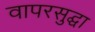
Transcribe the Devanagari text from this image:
वापरसुद्घा